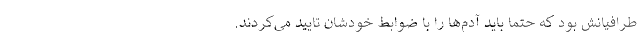
طرافیانش بود که حتما باید آدم‌ها را با ضوابط خودشان تایید می‌کردند.